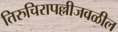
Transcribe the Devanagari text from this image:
तिरुचिरापल्लीजवळील